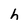
Character: h